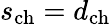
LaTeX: s_{\mathrm{ch}}=d_{\mathrm{ch}}